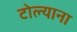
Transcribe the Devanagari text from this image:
टोल्याना